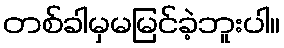
တစ်ခါမှမမြင်ခဲ့ဘူးပါ။